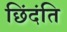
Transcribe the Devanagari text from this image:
छिंदंति